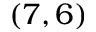
( 7 , 6 )